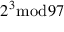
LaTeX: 2 ^ { 3 } { \bmod { 9 } } 7